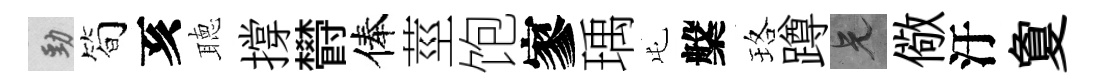
勁简亥聴撐欎俸莖饱寥瑀屯槃珞蹲兄儆汙夐